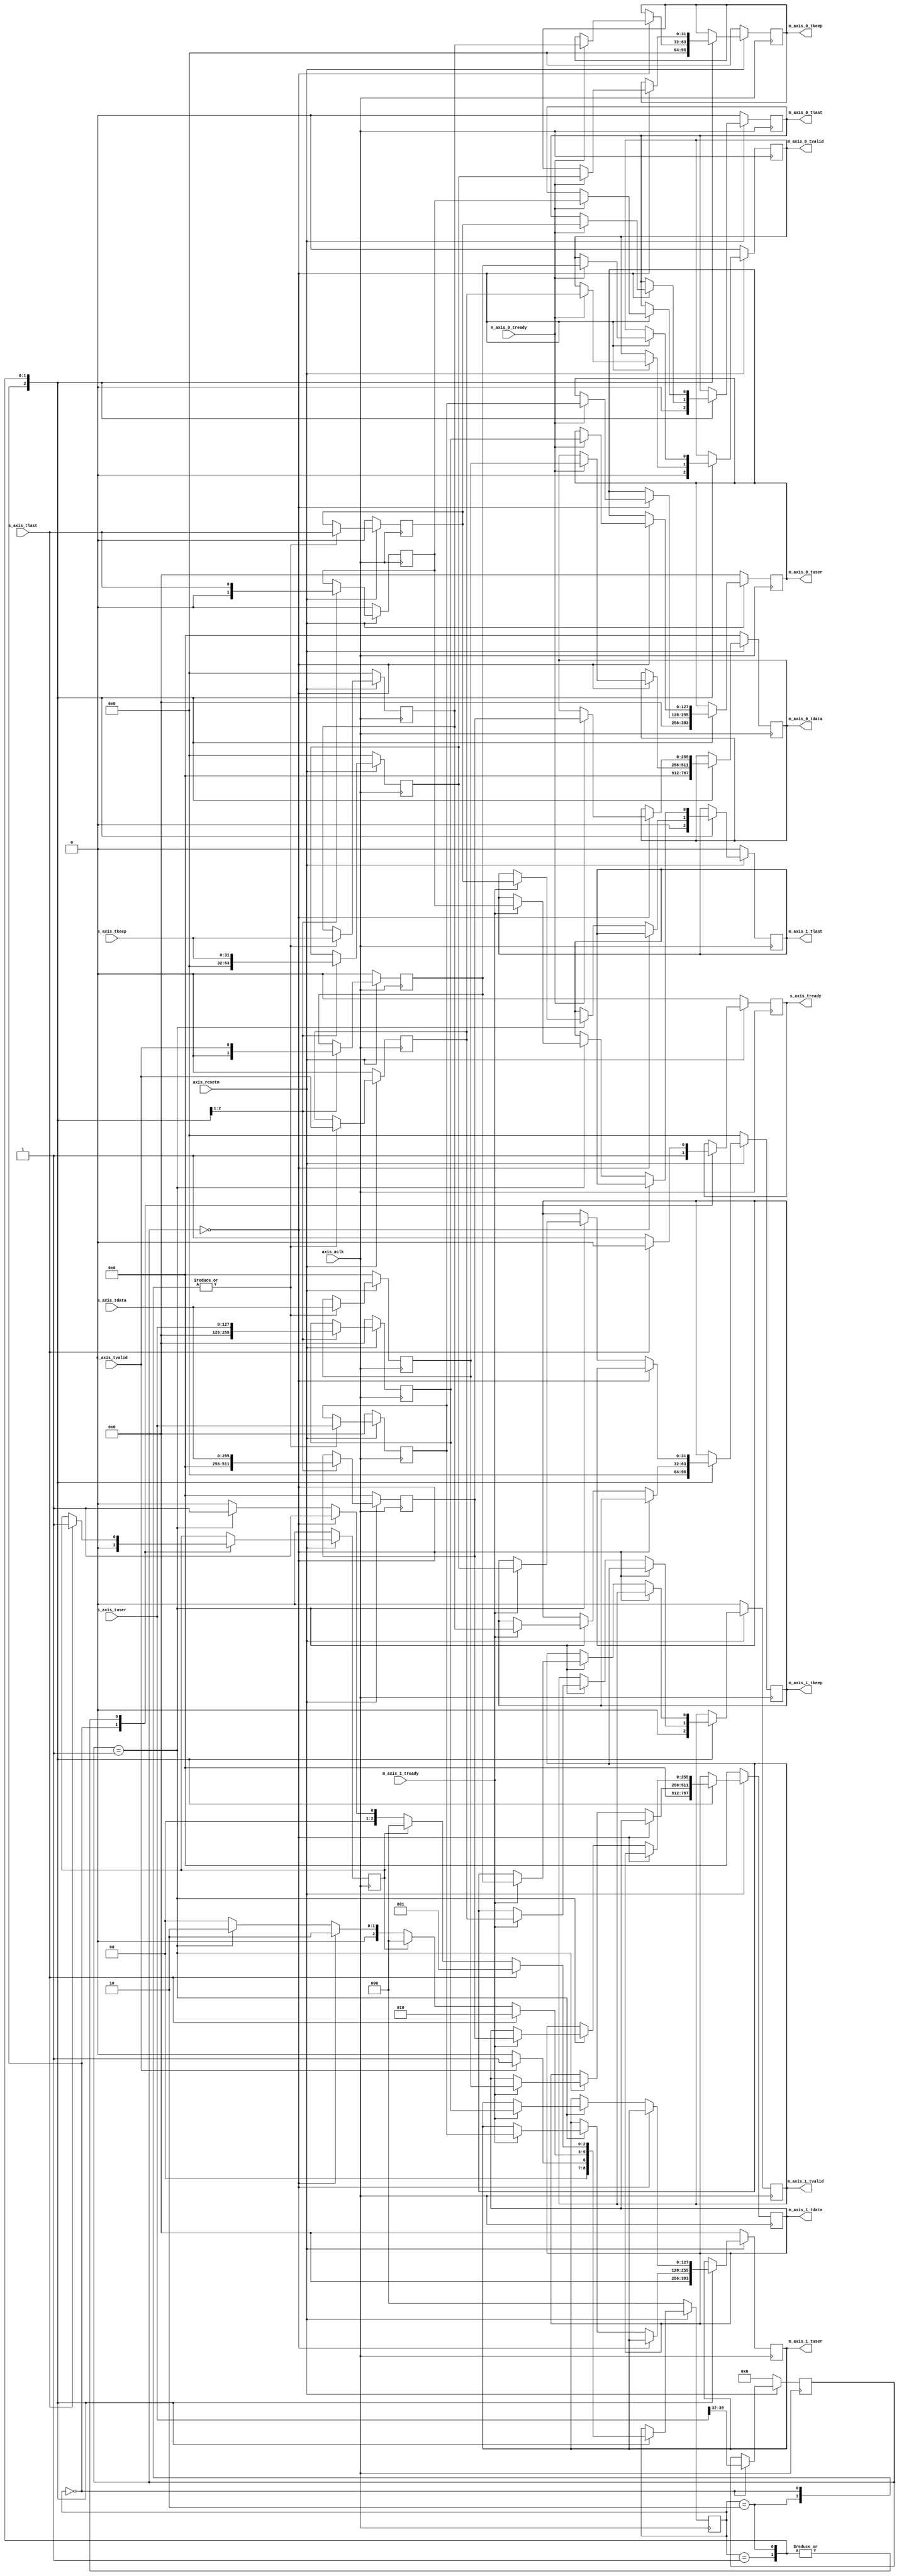
//
// Copyright (c) 2020 -
// All rights reserved.
//
// @NETFPGA_LICENSE_HEADER_START@
//
// Licensed to NetFPGA C.I.C. (NetFPGA) under one or more contributor
// license agreements.  See the NOTICE file distributed with this work for
// additional information regarding copyright ownership.  NetFPGA licenses this
// file to you under the NetFPGA Hardware-Software License, Version 1.0 (the
// "License"); you may not use this file except in compliance with the
// License.  You may obtain a copy of the License at:
//
//   http://www.netfpga-cic.org
//
// Unless required by applicable law or agreed to in writing, Work distributed
// under the License is distributed on an "AS IS" BASIS, WITHOUT WARRANTIES OR
// CONDITIONS OF ANY KIND, either express or implied.  See the License for the
// specific language governing permissions and limitations under the License.
//
// @NETFPGA_LICENSE_HEADER_END@
//

`timescale 1ns / 1ps

module demux #(
    parameter C_M_AXIS_DATA_WIDTH=256,
    parameter C_S_AXIS_DATA_WIDTH=256,
    parameter C_M_AXIS_TUSER_WIDTH=128
) (
    input                                                           axis_aclk,
    input                                                           axis_resetn,

    // Master ports
    output reg [C_S_AXIS_DATA_WIDTH - 1:0]                          m_axis_0_tdata,
    output reg [((C_S_AXIS_DATA_WIDTH / 8)) - 1:0]                  m_axis_0_tkeep,
    output reg [C_M_AXIS_TUSER_WIDTH-1:0]                           m_axis_0_tuser,
    output reg                                                      m_axis_0_tvalid,
    output reg                                                      m_axis_0_tlast,
    input                                                           m_axis_0_tready,

    output reg [C_S_AXIS_DATA_WIDTH - 1:0]                          m_axis_1_tdata,
    output reg [((C_S_AXIS_DATA_WIDTH / 8)) - 1:0]                  m_axis_1_tkeep,
    output reg [C_M_AXIS_TUSER_WIDTH-1:0]                           m_axis_1_tuser,
    output reg                                                      m_axis_1_tvalid,
    output reg                                                      m_axis_1_tlast,
    input                                                           m_axis_1_tready,

    // Slave ports
    input   [C_M_AXIS_DATA_WIDTH - 1:0]                             s_axis_tdata,
    input   [((C_M_AXIS_DATA_WIDTH / 8)) - 1:0]                     s_axis_tkeep,
    input   [C_M_AXIS_TUSER_WIDTH-1:0]                              s_axis_tuser,
    input                                                           s_axis_tvalid,
    input                                                           s_axis_tlast,
    output reg                                                      s_axis_tready
);

    localparam NUM_STATES  = 3;
    localparam WAIT        = 0;
    localparam WRITE_BEGIN = 1;
    localparam WRITE_END   = 2;

    localparam USER_ID_WIDTH = 8;
    wire [USER_ID_WIDTH-1:0]                  user_id;

    reg [USER_ID_WIDTH - 1:0]                 demux_user_id;
    reg [NUM_STATES-1:0]                      demux_state;
    reg                                       demux_end_pkt;

    reg [C_S_AXIS_DATA_WIDTH - 1:0]           demux_tdata;
    reg [((C_S_AXIS_DATA_WIDTH / 8)) - 1:0]   demux_tkeep;
    reg [C_M_AXIS_TUSER_WIDTH-1:0]            demux_tuser;
    reg                                       demux_tvalid;
    reg                                       demux_tlast;

    reg [C_S_AXIS_DATA_WIDTH - 1:0]           demux_tdata_next;
    reg [((C_S_AXIS_DATA_WIDTH / 8)) - 1:0]   demux_tkeep_next;
    reg [C_M_AXIS_TUSER_WIDTH-1:0]            demux_tuser_next;
    reg                                       demux_tvalid_next;
    reg                                       demux_tlast_next;


    // user_id metadata field
    assign user_id = s_axis_tuser[39:32];


    always @(posedge axis_aclk) begin
        if (axis_resetn) begin
            case (demux_state)
                WAIT: begin
                    s_axis_tready <= 1;

                    demux_end_pkt <= 0;
                    demux_user_id <= user_id;

                    demux_tdata  <= s_axis_tdata;
                    demux_tuser  <= s_axis_tuser;
                    demux_tkeep  <= s_axis_tkeep;
                    demux_tvalid <= s_axis_tvalid;
                    demux_tlast  <= s_axis_tlast;

                    demux_tdata_next <= 0;
                    demux_tkeep_next <= 0;
                    demux_tuser_next <= 0;
                    demux_tvalid_next<= 0;
                    demux_tlast_next <= 0;

                    m_axis_0_tdata  <= 0;
                    m_axis_0_tkeep  <= 0;
                    m_axis_0_tuser  <= 0;
                    m_axis_0_tvalid <= 0;
                    m_axis_0_tlast  <= 0;

                    m_axis_1_tdata  <= 0;
                    m_axis_1_tkeep  <= 0;
                    m_axis_1_tuser  <= 0;
                    m_axis_1_tvalid <= 0;
                    m_axis_1_tlast  <= 0;

                    if ( s_axis_tvalid ) begin
                        demux_state = WRITE_BEGIN;
                    end else begin
                        demux_state = WAIT;
                    end
                end

                WRITE_BEGIN: begin
                    s_axis_tready <= 1;
                    demux_tdata_next  <= s_axis_tdata;
                    demux_tuser_next  <= s_axis_tuser;
                    demux_tkeep_next  <= s_axis_tkeep;
                    demux_tvalid_next <= s_axis_tvalid;
                    demux_tlast_next  <= s_axis_tlast;

                    demux_state = WRITE_END;

                    if (demux_user_id == 8'h00) begin
                        if ( m_axis_0_tready == 1 ) begin
                            m_axis_0_tdata  <= demux_tdata;
                            m_axis_0_tuser  <= demux_tuser;
                            m_axis_0_tkeep  <= demux_tkeep;
                            m_axis_0_tvalid <= demux_tvalid;
                            m_axis_0_tlast  <= demux_tlast;
                        end
                    end else if (demux_user_id == 8'h01) begin
                        if (m_axis_1_tready == 1) begin
                            m_axis_1_tdata  <= demux_tdata;
                            m_axis_1_tuser  <= demux_tuser;
                            m_axis_1_tkeep  <= demux_tkeep;
                            m_axis_1_tvalid <= demux_tvalid;
                            m_axis_1_tlast  <= demux_tlast;
                        end
                    end else begin
                        demux_state = WAIT;
                    end

                    if (s_axis_tlast) begin
                        demux_state = WRITE_END;
                        s_axis_tready <= 0;
                        demux_end_pkt <= 1;
                    end else begin
                        if (demux_end_pkt) begin
                            demux_state = WAIT;
                            s_axis_tready <= 1;
                        end
                    end
                end // case: WRITE_BEGIN

                WRITE_END: begin
                    s_axis_tready <= 1;

                    demux_tdata <= s_axis_tdata;
                    demux_tuser <= s_axis_tuser;
                    demux_tkeep <= s_axis_tkeep;
                    demux_tvalid <= s_axis_tvalid;
                    demux_tlast <= s_axis_tlast;

                    demux_state = WRITE_BEGIN;

                    if (demux_user_id == 8'h00 ) begin
                        if (m_axis_0_tready == 1) begin
                            m_axis_0_tdata  <= demux_tdata_next;
                            m_axis_0_tuser  <= demux_tuser_next;
                            m_axis_0_tkeep  <= demux_tkeep_next;
                            m_axis_0_tvalid <= demux_tvalid_next;
                            m_axis_0_tlast  <= demux_tlast_next;
                        end
                    end else if (demux_user_id == 8'h01 ) begin
                        if (m_axis_1_tready == 1) begin
                            m_axis_1_tdata  <= demux_tdata_next;
                            m_axis_1_tuser  <= demux_tuser_next;
                            m_axis_1_tkeep  <= demux_tkeep_next;
                            m_axis_1_tvalid <= demux_tvalid_next;
                            m_axis_1_tlast  <= demux_tlast_next;
                        end
                    end else begin
                        demux_state = WAIT;
                    end

                    if ( s_axis_tlast ) begin
                        demux_state = WRITE_BEGIN;
                        s_axis_tready <= 0;
                        demux_end_pkt <= 1;
                    end else begin
                        if(demux_end_pkt) begin
                            demux_state = WAIT;
                            s_axis_tready <= 1;
                        end
                    end

                end // case: WRITE_END
            endcase // case(demux_state)
        end else begin // if ( axis_resetn )
            s_axis_tready <= 0;

            demux_user_id <= 0;
            demux_tdata <= 0;
            demux_tkeep <= 0;
            demux_tuser <= 0;
            demux_tvalid <= 0;
            demux_tlast <= 0;

            demux_tdata_next <= 0;
            demux_tkeep_next <= 0;
            demux_tuser_next <= 0;
            demux_tvalid_next <= 0;
            demux_tlast_next <= 0;

            m_axis_0_tdata  <= 0;
            m_axis_0_tkeep  <= 0;
            m_axis_0_tuser  <= 0;
            m_axis_0_tvalid <= 0;
            m_axis_0_tlast  <= 0;

            m_axis_1_tdata  <= 0;
            m_axis_1_tkeep  <= 0;
            m_axis_1_tuser  <= 0;
            m_axis_1_tvalid <= 0;
            m_axis_1_tlast  <= 0;

            demux_end_pkt <= 0;
            demux_state = WAIT;
        end // // if ( axis_resetn )
    end // always @(posedge axis_aclk)
endmodule